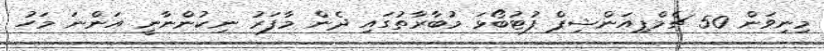
މިނިވަން 50 ޗެމްޕިއަންޝިޕް ފުޓުބޯޅަ މުބާރާތުގައި ދެން މާފަރު ނިކުންނާނީ އަންނަ މަހު